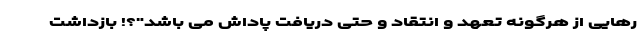
رهایی از هرگونه تعهد و انتقاد و حتی دریافت پاداش می باشد"؟! بازداشت